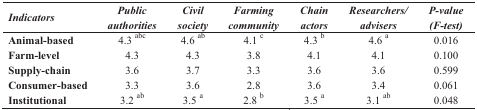
| Indicators | Public authorities | Civil society | Farming community | Chain actors | Researchers/advisers | P-value(F-test) |
 | --- | --- | --- | --- | --- | --- | --- |
 | Animal-based | 4.3 abc | 4.6 ab | 4.1 c | 4.3 b | 4.6 a | 0.016 |
 | Farm-level | 4.3 | 4.3 | 3.8 | 4.1 | 4.1 | 0.100 |
 | Supply-chain | 3.6 | 3.7 | 3.3 | 3.6 | 3.6 | 0.599 |
 | Consumer-based | 3.3 | 3.6 | 2.8 | 3.6 | 3.4 | 0.061 |
 | Institutional | 3.2 ab | 3.5 a | 2.8 b | 3.5 a | 3.1 ab | 0.048 |